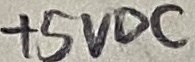
Text: +5VDC